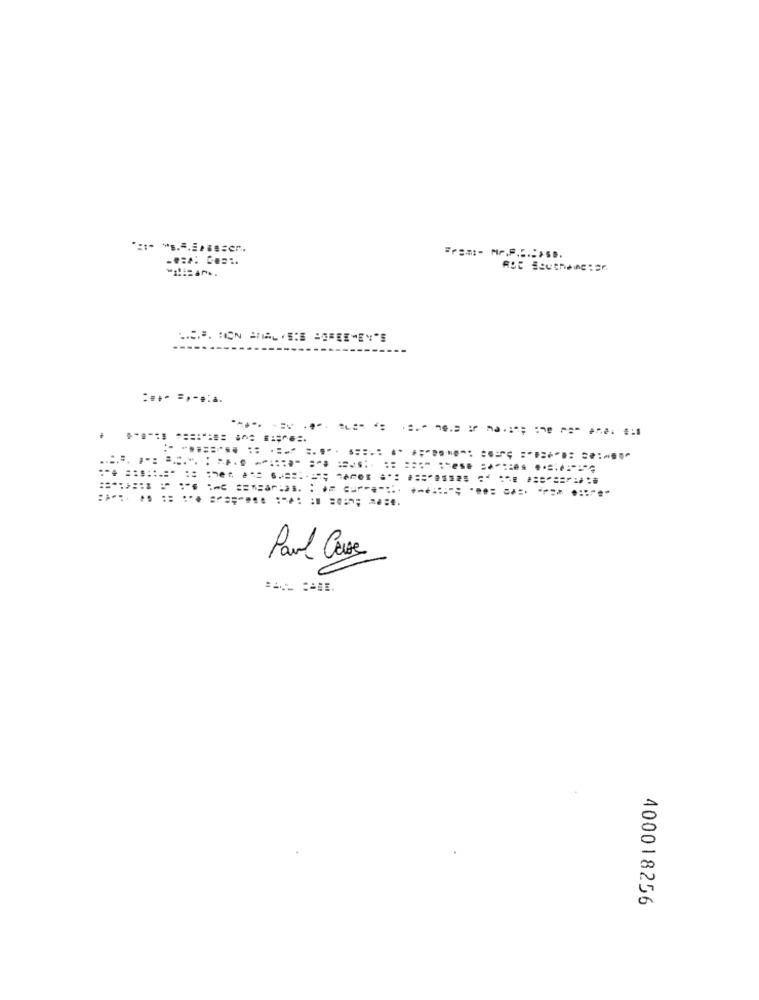
:*** =*-....
Paul Case
400018256